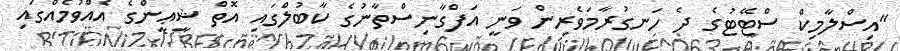
"އިސްލާމިކް ސްޓޭޓުގެ ދެ ހަނގުރާމަވެރިން ވަނީ އަފްގާނިސްތާނުގެ ކާބުލްގައި އޮތް ޝީޢީންގެ އެއްވުމެއްގައި